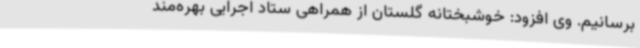
برسانیم. وی افزود: خوشبختانه گلستان از همراهی ستاد اجرایی بهره‌مند